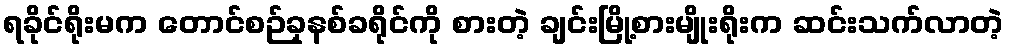
ရခိုင်ရိုးမက တောင်စဉ်ခုနစ်ခရိုင်ကို စားတဲ့ ချင်းမြို့စားမျိုးရိုးက ဆင်းသက်လာတဲ့